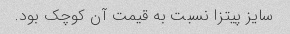
سایز پیتزا نسبت به قیمت آن کوچک بود.